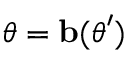
{ \boldsymbol { \theta } } = \mathbf { b } ( { \boldsymbol { \theta } } ^ { \prime } )